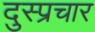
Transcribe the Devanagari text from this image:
दुस्प्रचार